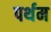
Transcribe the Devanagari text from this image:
पर्थम